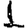
Digit: 1